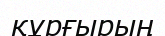
құрғырың